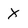
Character: X